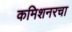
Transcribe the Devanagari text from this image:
कमिशनरचा